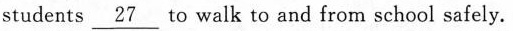
students \underline{27} to walk to and from school safely.